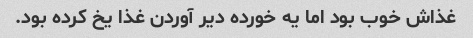
غذاش خوب بود اما یه خورده دیر آوردن غذا یخ کرده بود.